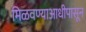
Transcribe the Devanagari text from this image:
मिळवण्याआधीपासून